Senior Leaving Certificate Examination (including Day School Certificate (Higher) General paper), 1948
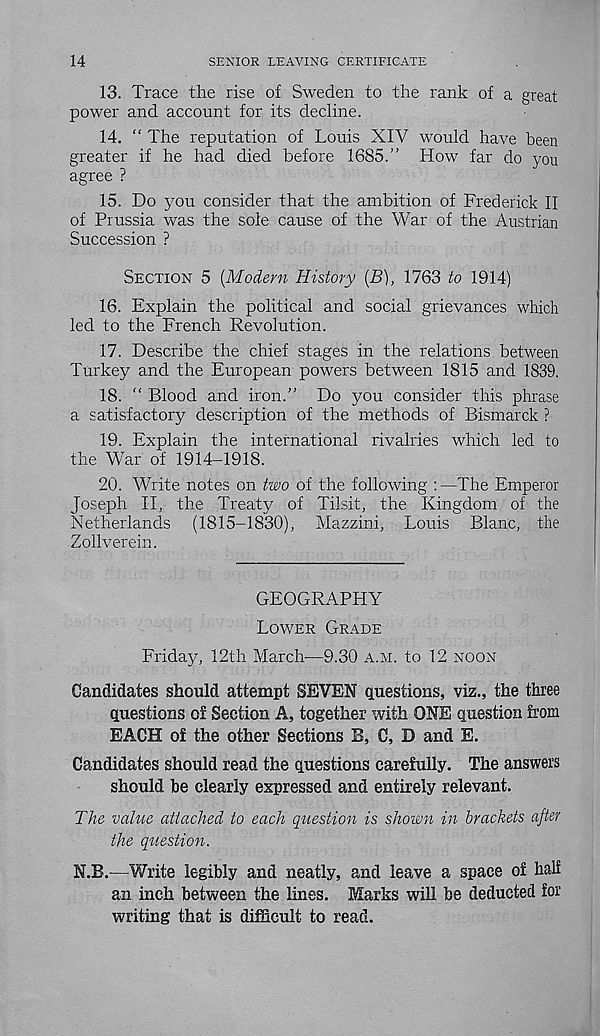
14
SENIOR LEAVING CERTIFICATE
13. Trace the rise of Sweden to the rank of a great
power and account for its decline.
14. “ The reputation of Louis XIV would have been
greater if he had died before 1685.” How far do you
agree ?
15. Do you consider that the ambition of Frederick II
of Prussia was the sole cause of the War of the Austrian
Succession ?
SECTION 5 [Modern History (B), 1763 to 1914)
16. Explain the political and social grievances which
led to the French Revolution.
17. Describe the chief stages in the relations between
Turkey and the European powers between 1815 and 1839.
18. “ Blood and iron.” Do you consider this phrase
a satisfactory description of the methods of Bismarck ?
19. Explain the international rivalries which led to
the War of 1914-1918.
20. Write notes on two of the following :—The Emperor
Joseph II, the Treaty of Tilsit, the Kingdom of the
Netherlands (1815-1830), Mazzini, Louis Blanc, the
Zollverein.
GEOGRAPHY
LOWER GRADE
Friday, 12th March—9.30 A.M. to 12 NOON
Candidates should attempt SEVEN questions, viz., the three
questions of Section A, together with ONE question from
EACH of the other Sections B, C, D and E.
Candidates should read the questions carefully. The answers
should be clearly expressed and entirely relevant.
The value attached to each question is shown in brackets after
the question.
N.B.—Write legibly and neatly, and leave a space of half
an inch between the lines. Marks will be deducted for
writing that is difficult to read.